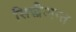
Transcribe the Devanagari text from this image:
सिद्धैअन्त